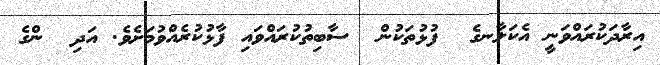
އިރާދަކުރައްވަނީ އެކަލާނގެ  ފުޅުތަކުން  ސާބިތުކުރައްވައި ފާޅުކުރެއްވުމަށެވެ. އަދި  ންގެ